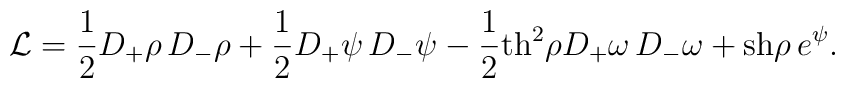
{\cal L} = \frac{1}{2}D_+\rho\,D_-\rho+\frac{1}{2}D_+\psi\,D_-\psi - \frac{1}{2}\mbox{th}^2 \rho D_+\omega\,D_-\omega +\mbox{sh}\rho\,e^{\psi}.